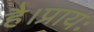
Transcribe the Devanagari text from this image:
है।प्रायः